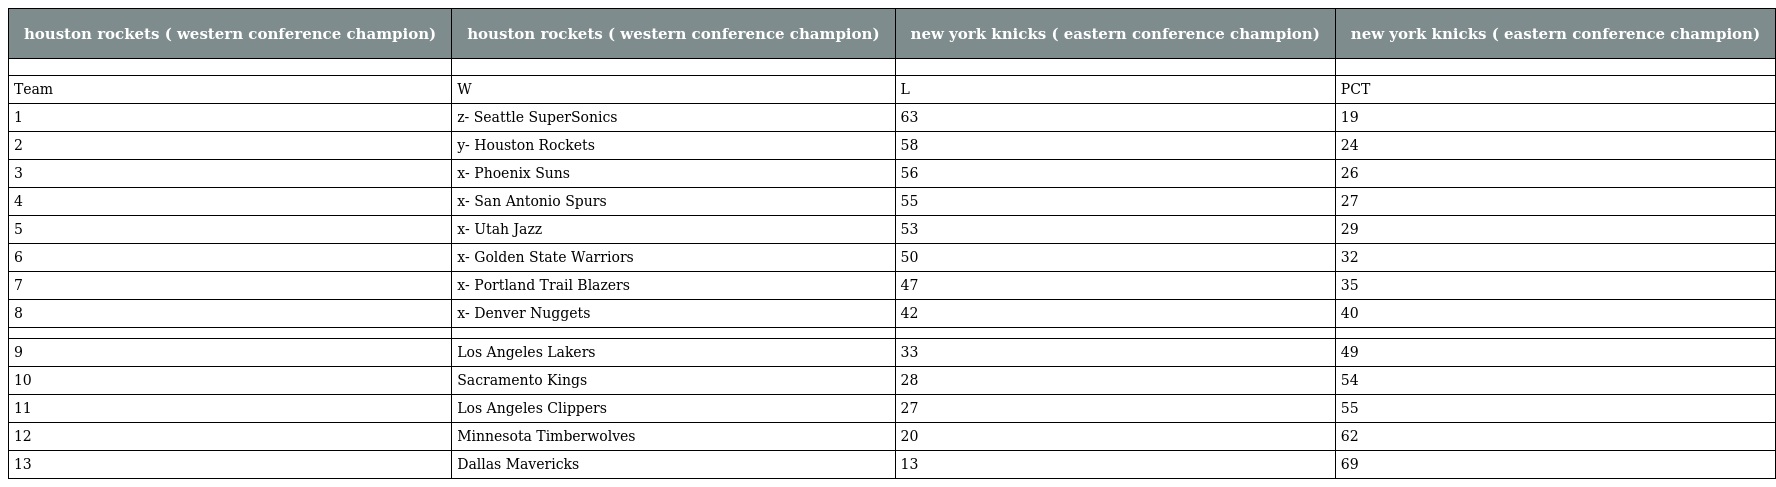
| houston rockets ( western conference champion) | houston rockets ( western conference champion) | new york knicks ( eastern conference champion) | new york knicks ( eastern conference champion) |
 | --- | --- | --- | --- |
 |  |  |  |  |
 | Team | W | L | PCT |
 | 1 | z- Seattle SuperSonics | 63 | 19 |
 | 2 | y- Houston Rockets | 58 | 24 |
 | 3 | x- Phoenix Suns | 56 | 26 |
 | 4 | x- San Antonio Spurs | 55 | 27 |
 | 5 | x- Utah Jazz | 53 | 29 |
 | 6 | x- Golden State Warriors | 50 | 32 |
 | 7 | x- Portland Trail Blazers | 47 | 35 |
 | 8 | x- Denver Nuggets | 42 | 40 |
 |  |  |  |  |
 | 9 | Los Angeles Lakers | 33 | 49 |
 | 10 | Sacramento Kings | 28 | 54 |
 | 11 | Los Angeles Clippers | 27 | 55 |
 | 12 | Minnesota Timberwolves | 20 | 62 |
 | 13 | Dallas Mavericks | 13 | 69 |